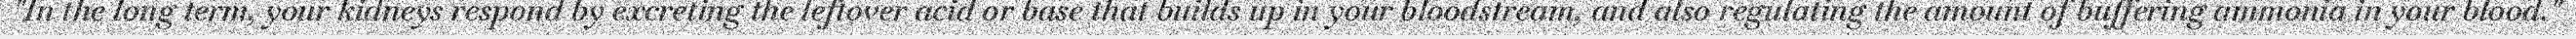
"In the long term, your kidneys respond by excreting the leftover acid or base that builds up in your bloodstream, and also regulating the amount of buffering ammonia in your blood."